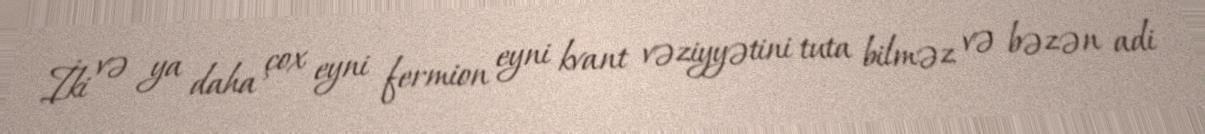
İki və ya daha çox eyni fermion eyni kvant vəziyyətini tuta bilməz və bəzən adi